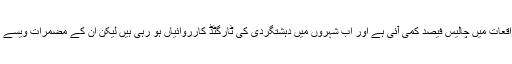
انہوں نے کہا کہ "ہم کہہ سکتے ہیں کہ ضرب عضب کی وجہ سے مجموع طور پر دہشتگردی کے واقعات میں چالیس فیصد کمی آئی ہے اور اب شہروں میں دہشتگردی کی ٹارگٹڈ کارروائیاں ہو رہی ہیں لیکن ان کے مضمرات ویسے نہیں جو ایک سال قبل دہشتگردی کی بڑی وارداتوں کی وجہ سے پاکستانی معاشرے پر پڑ رہے تھے۔